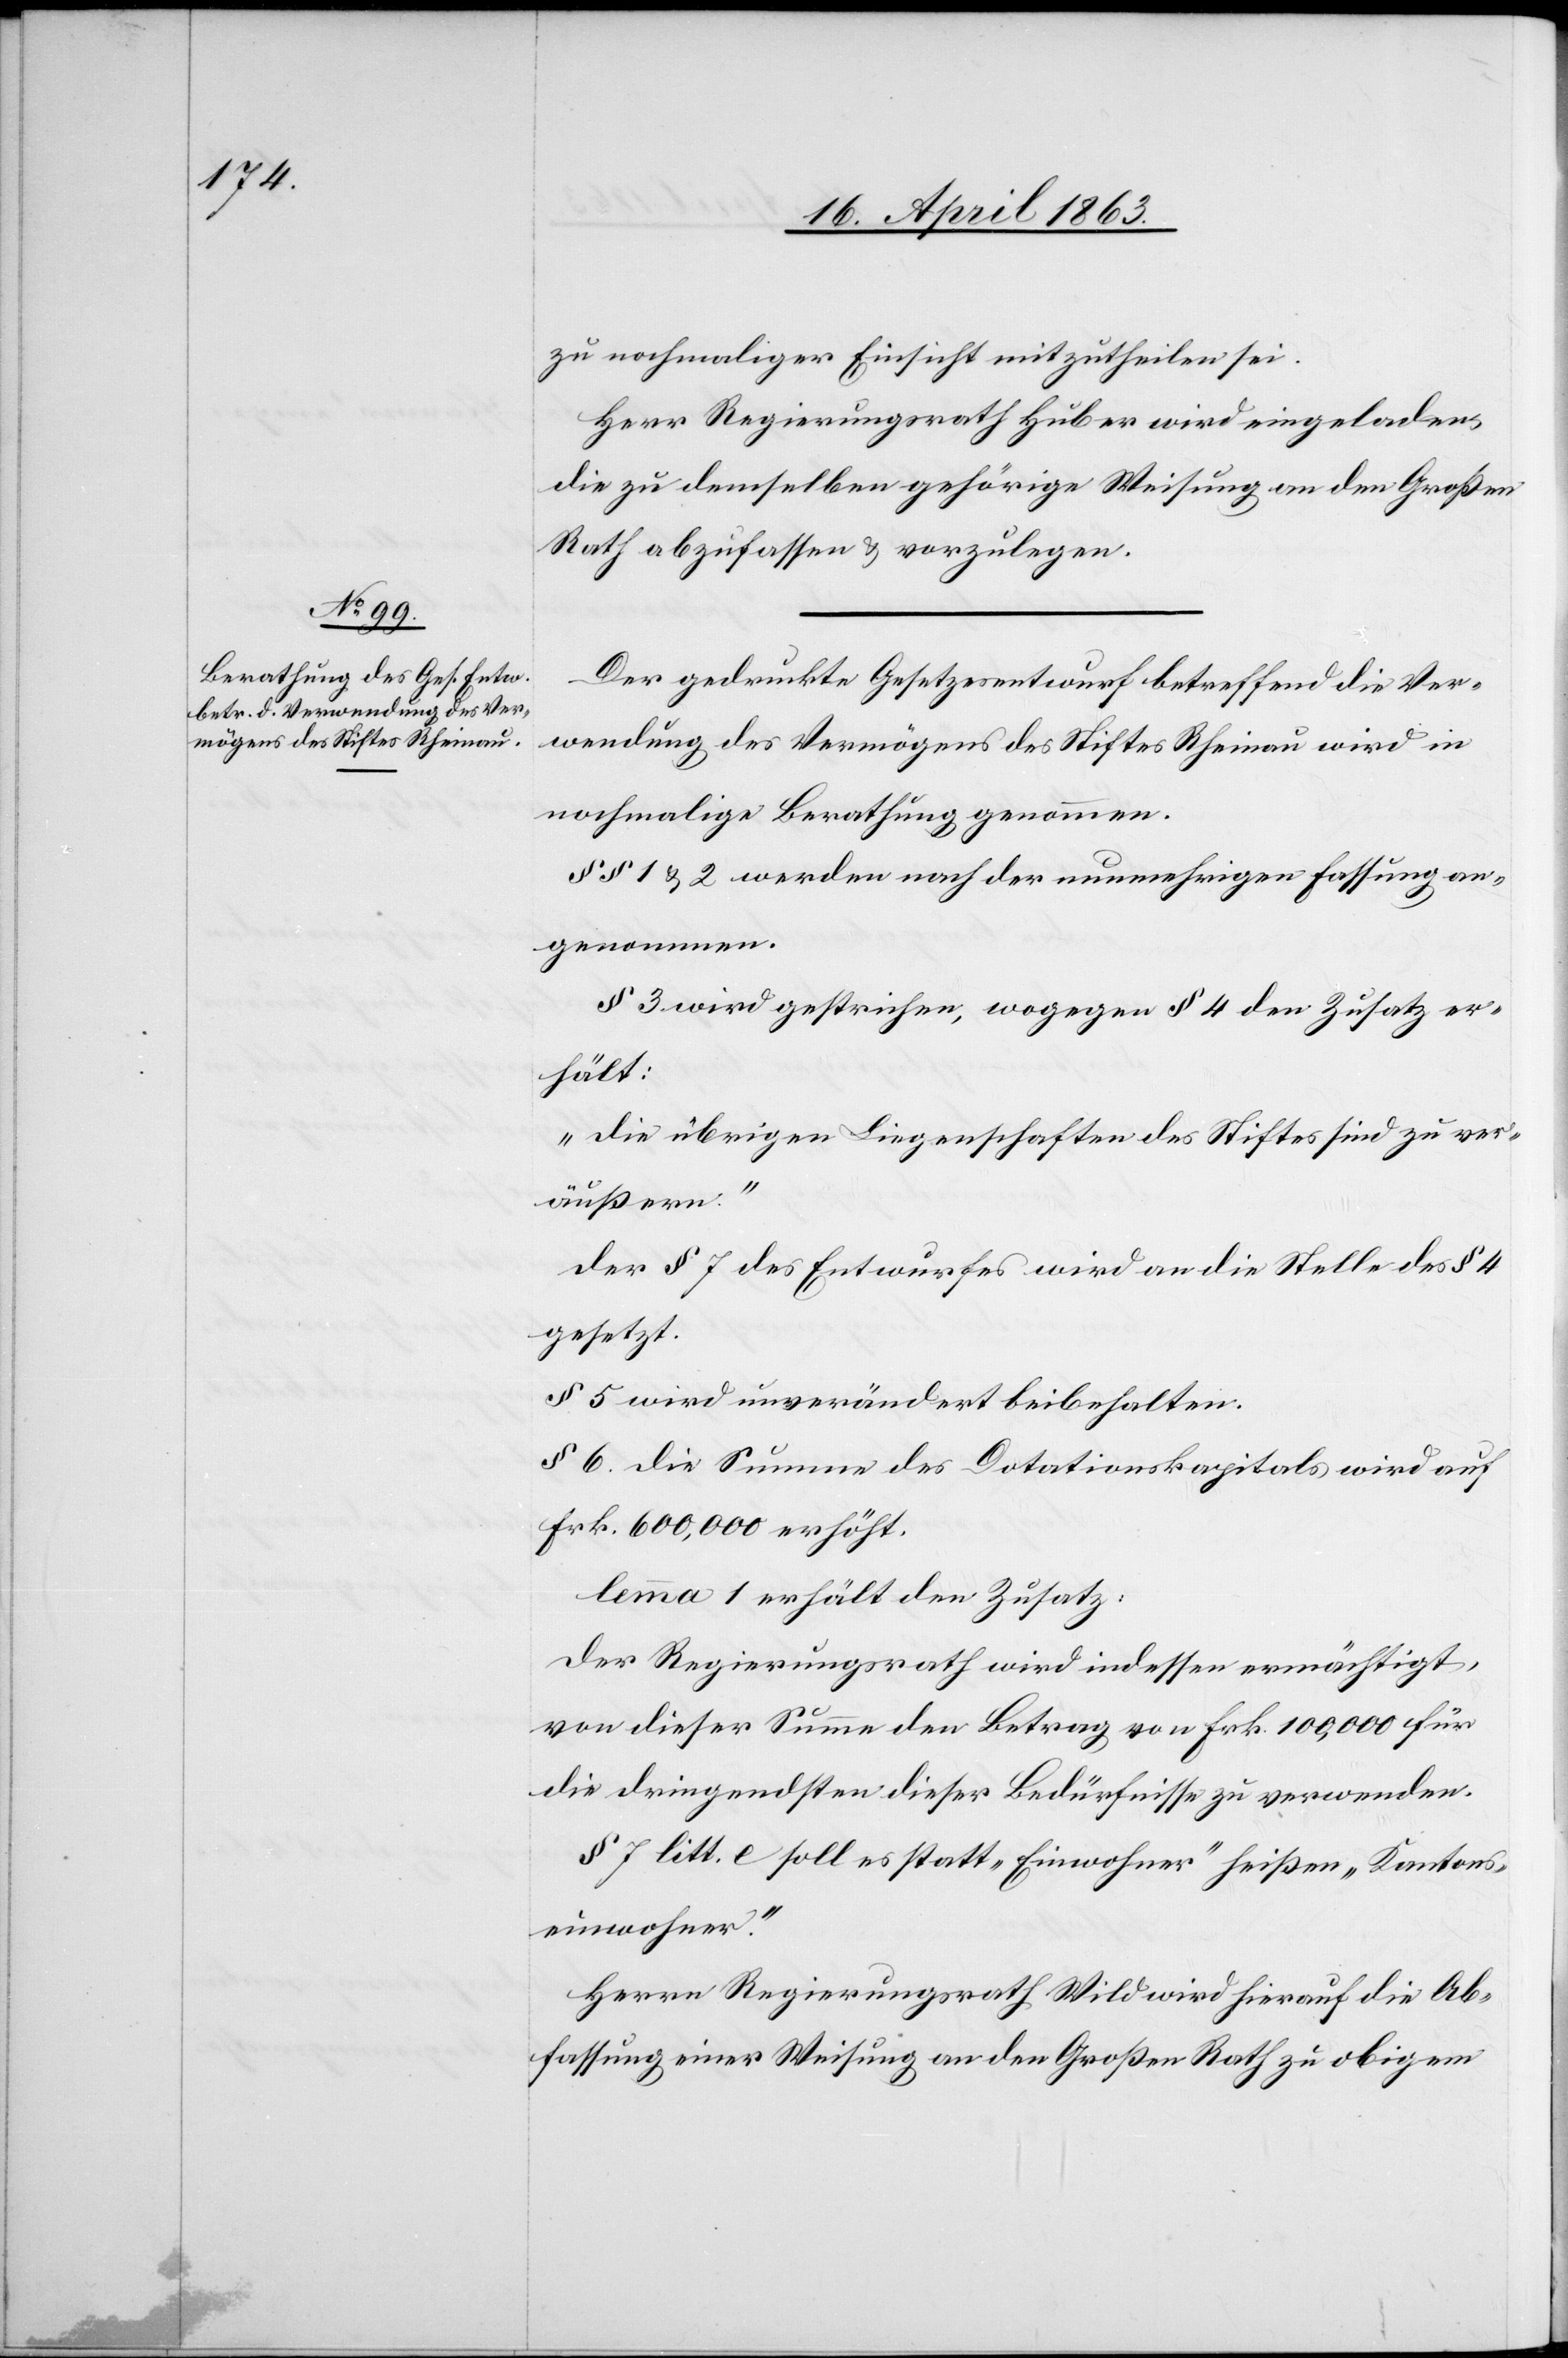
zu nochmaliger Einsicht mitzutheilen sei.
Herr Regierungsrath Huber wird eingeladen,
die zu demselben gehörige Weisung an den Großen
Rath abzufassen & vorzulegen.
Der gedruckte Gesetzesentwurf betreffend die Ver¬
wendung des Vermögens des Stiftes Rheinau wird in
nochmalige Berathung genommen.
§§ 1 & 2 werden nach der nunmehrigen Fassung an¬
genommen.
§ 3 wird gestrichen, wogegen § 4 den Zusatz er¬
hält:
„Die übrigen Liegenschaften des Stiftes sind zu ver¬
äußern.“
Der § 7 des Entwurfes wird an die Stelle des § 4
gesetzt.
§ 5 wird unverändert beibehalten.
§ 6. Die Summe des Dotationskapitals wird auf
Frk. 600,000 erhöht.
lemma 1 erhält den Zusatz:
Der Regierungsrath wird indessen ermächtigt,
von dieser Summe den Betrag von Frk. 100,000 für
die dringendsten dieser Bedürfnisse zu verwenden.
§ 7 litt. e soll es statt „Einwohner“ heißen „Kantons¬
einwohner“.
Herrn Regierungsrath Wild wird hierauf die Ab¬
fassung einer Weisung an den Großen Rath zu obigem